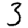
Digit: 3